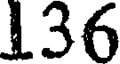
136